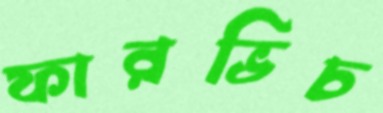
ফারভিচ